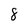
Character: 8